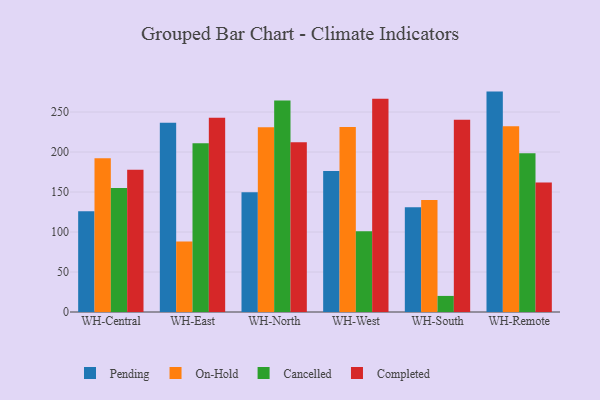
{"axis": {"x": "Warehouse", "y": "Gross Profit (USD K)"}, "legend": ["Cancelled", "Completed", "On-Hold", "Pending"], "data": [{"x": "WH-Central", "y": 125.9, "type": "Pending"}, {"x": "WH-Central", "y": 192.2, "type": "On-Hold"}, {"x": "WH-Central", "y": 154.9, "type": "Cancelled"}, {"x": "WH-Central", "y": 177.9, "type": "Completed"}, {"x": "WH-East", "y": 236.5, "type": "Pending"}, {"x": "WH-East", "y": 88.0, "type": "On-Hold"}, {"x": "WH-East", "y": 210.9, "type": "Cancelled"}, {"x": "WH-East", "y": 242.9, "type": "Completed"}, {"x": "WH-North", "y": 149.8, "type": "Pending"}, {"x": "WH-North", "y": 230.9, "type": "On-Hold"}, {"x": "WH-North", "y": 264.5, "type": "Cancelled"}, {"x": "WH-North", "y": 212.3, "type": "Completed"}, {"x": "WH-West", "y": 176.4, "type": "Pending"}, {"x": "WH-West", "y": 231.1, "type": "On-Hold"}, {"x": "WH-West", "y": 100.9, "type": "Cancelled"}, {"x": "WH-West", "y": 266.5, "type": "Completed"}, {"x": "WH-South", "y": 130.9, "type": "Pending"}, {"x": "WH-South", "y": 139.9, "type": "On-Hold"}, {"x": "WH-South", "y": 20.1, "type": "Cancelled"}, {"x": "WH-South", "y": 240.3, "type": "Completed"}, {"x": "WH-Remote", "y": 275.5, "type": "Pending"}, {"x": "WH-Remote", "y": 232.1, "type": "On-Hold"}, {"x": "WH-Remote", "y": 198.4, "type": "Cancelled"}, {"x": "WH-Remote", "y": 161.9, "type": "Completed"}]}